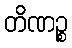
တိဏဉ္စ